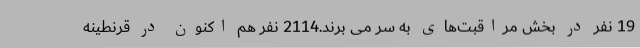
19 نفر در بخش مراقبت‌های به سر می برند.2114 نفر هم اکنون در قرنطینه